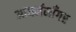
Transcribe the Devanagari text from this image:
आयर्नमॉँगर